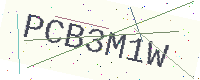
Text: PCB3M1W